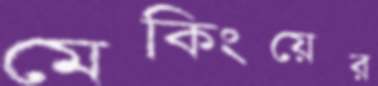
মেকিংয়ের